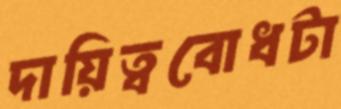
দায়িত্ববোধটা